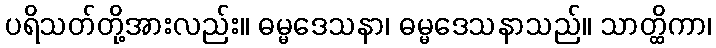
ပရိသတ်တို့အားလည်း။ ဓမ္မဒေသနာ၊ ဓမ္မဒေသနာသည်။ သာတ္ထိကာ၊